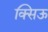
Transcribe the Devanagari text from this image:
क्सिऊ